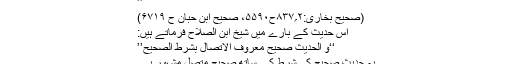
’’
(صحیح بخاری:۲؍۸۳۷ح۵۵۹۰، صحیح ابن حبان ح ۶۷۱۹)
اس حدیث کے بارے میں شیخ ابن الصلاح فرماتے ہیں:
‘‘و الحدیث صحیح معروف الاتصال بشرط الصحیح’’
یہ حدیث صحیح کی شرط کے ساتھ صحیح متصل مشہور ہے۔